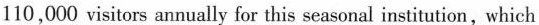
110,000 visitors annually for this seasonal institution,which